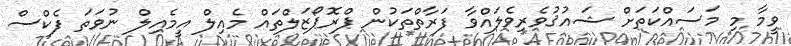
ވީމާ މި މަސައްކަތަށް ޝައުޤުވެރިވެލައްވާ ފަރާތްތަކުން ޕްރޮޕޯޒަލްތައް މެއިލް އީމެއިލް ނުވަތަ ފެކްސް